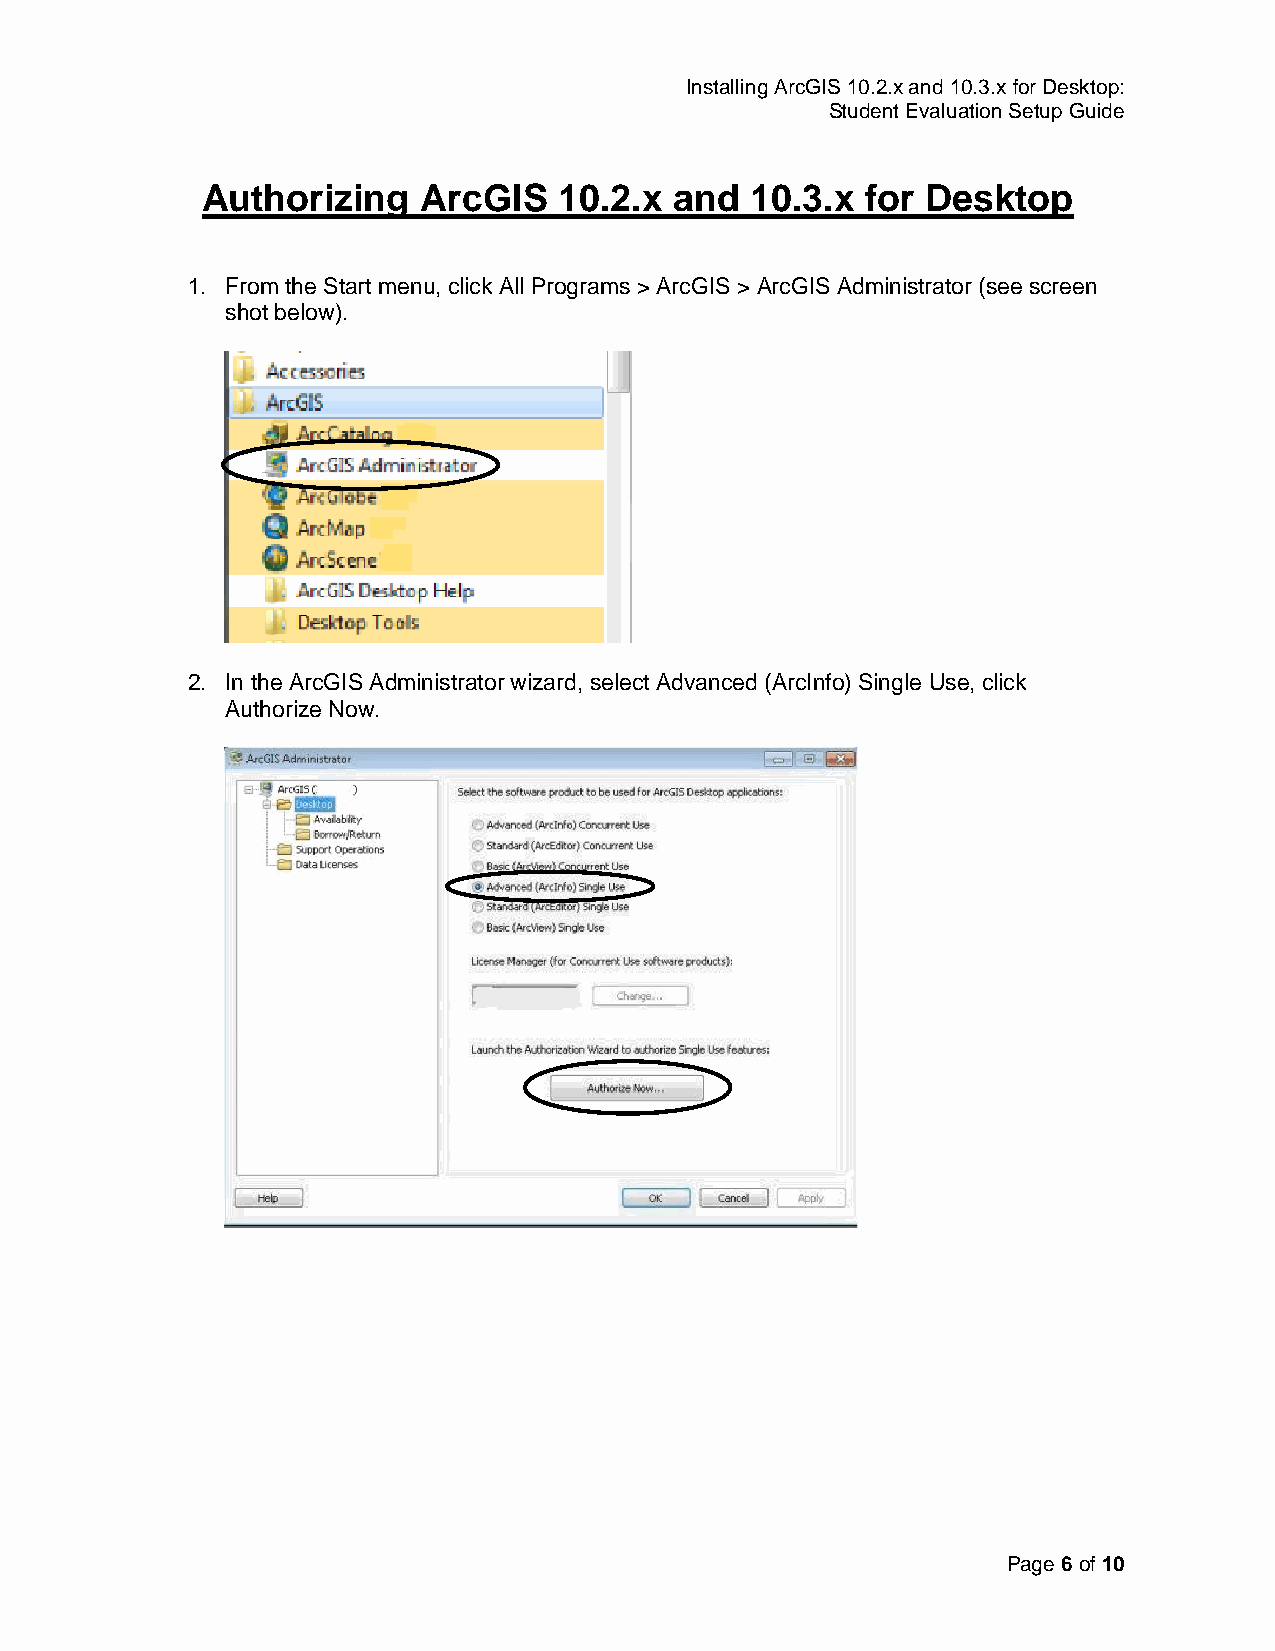
Installing ArcGIS 10.2.x and 10.3.x for Desktop:
 Student Evaluation Setup Guide
 Authorizing    ArcGIS   10.2.x  and  10.3.x for Desktop
 1. From the Start menu, click All Programs > ArcGIS > ArcGIS Administrator (see screen
 shot below).
 2. In the ArcGIS Administrator wizard, select Advanced (ArcInfo) Single Use, click
 Authorize Now.
 Page 6 of 10